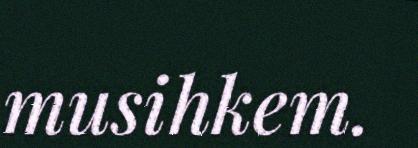
musihkem.